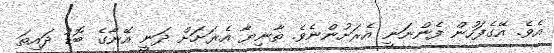
އެވެ. އޭގެފަހުން ފެންނަނީ އެރަށުންނެވެ. ތާނިޔާ އެރަށަށް ދަނީ އޭނާގެ ބޮޑު ދައިތަ